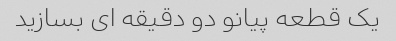
یک قطعه پیانو دو دقیقه ای بسازید